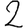
Digit: 2